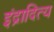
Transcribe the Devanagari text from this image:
इंद्रादित्य